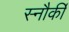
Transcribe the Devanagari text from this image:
स्नौर्की